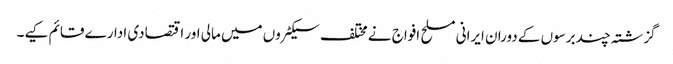
گزشتہ چند برسوں کے دوران ایرانی مسلح افواج نے مختلف سیکٹروں میں مالی اور اقتصادی ادارے قائم کیے۔